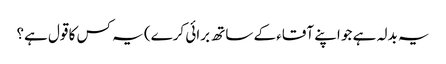
یہ بدلہ ہے جو اپنے آقاء کے ساتھ برائی کرے) یہ کس کا قول ہے؟